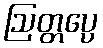
ဩတ္တပ္ပေ